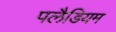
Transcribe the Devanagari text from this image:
पलैडियम